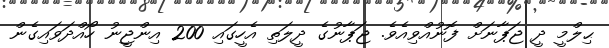
ޙިލްމީ ދީ ޖަޕާނަށް ފޮނުއްވިއެވެ. ޖަޕާނުގެ ދީލަތި އެހީގައި 200 އިންޖީނު ހޯއްދަވައިގެން